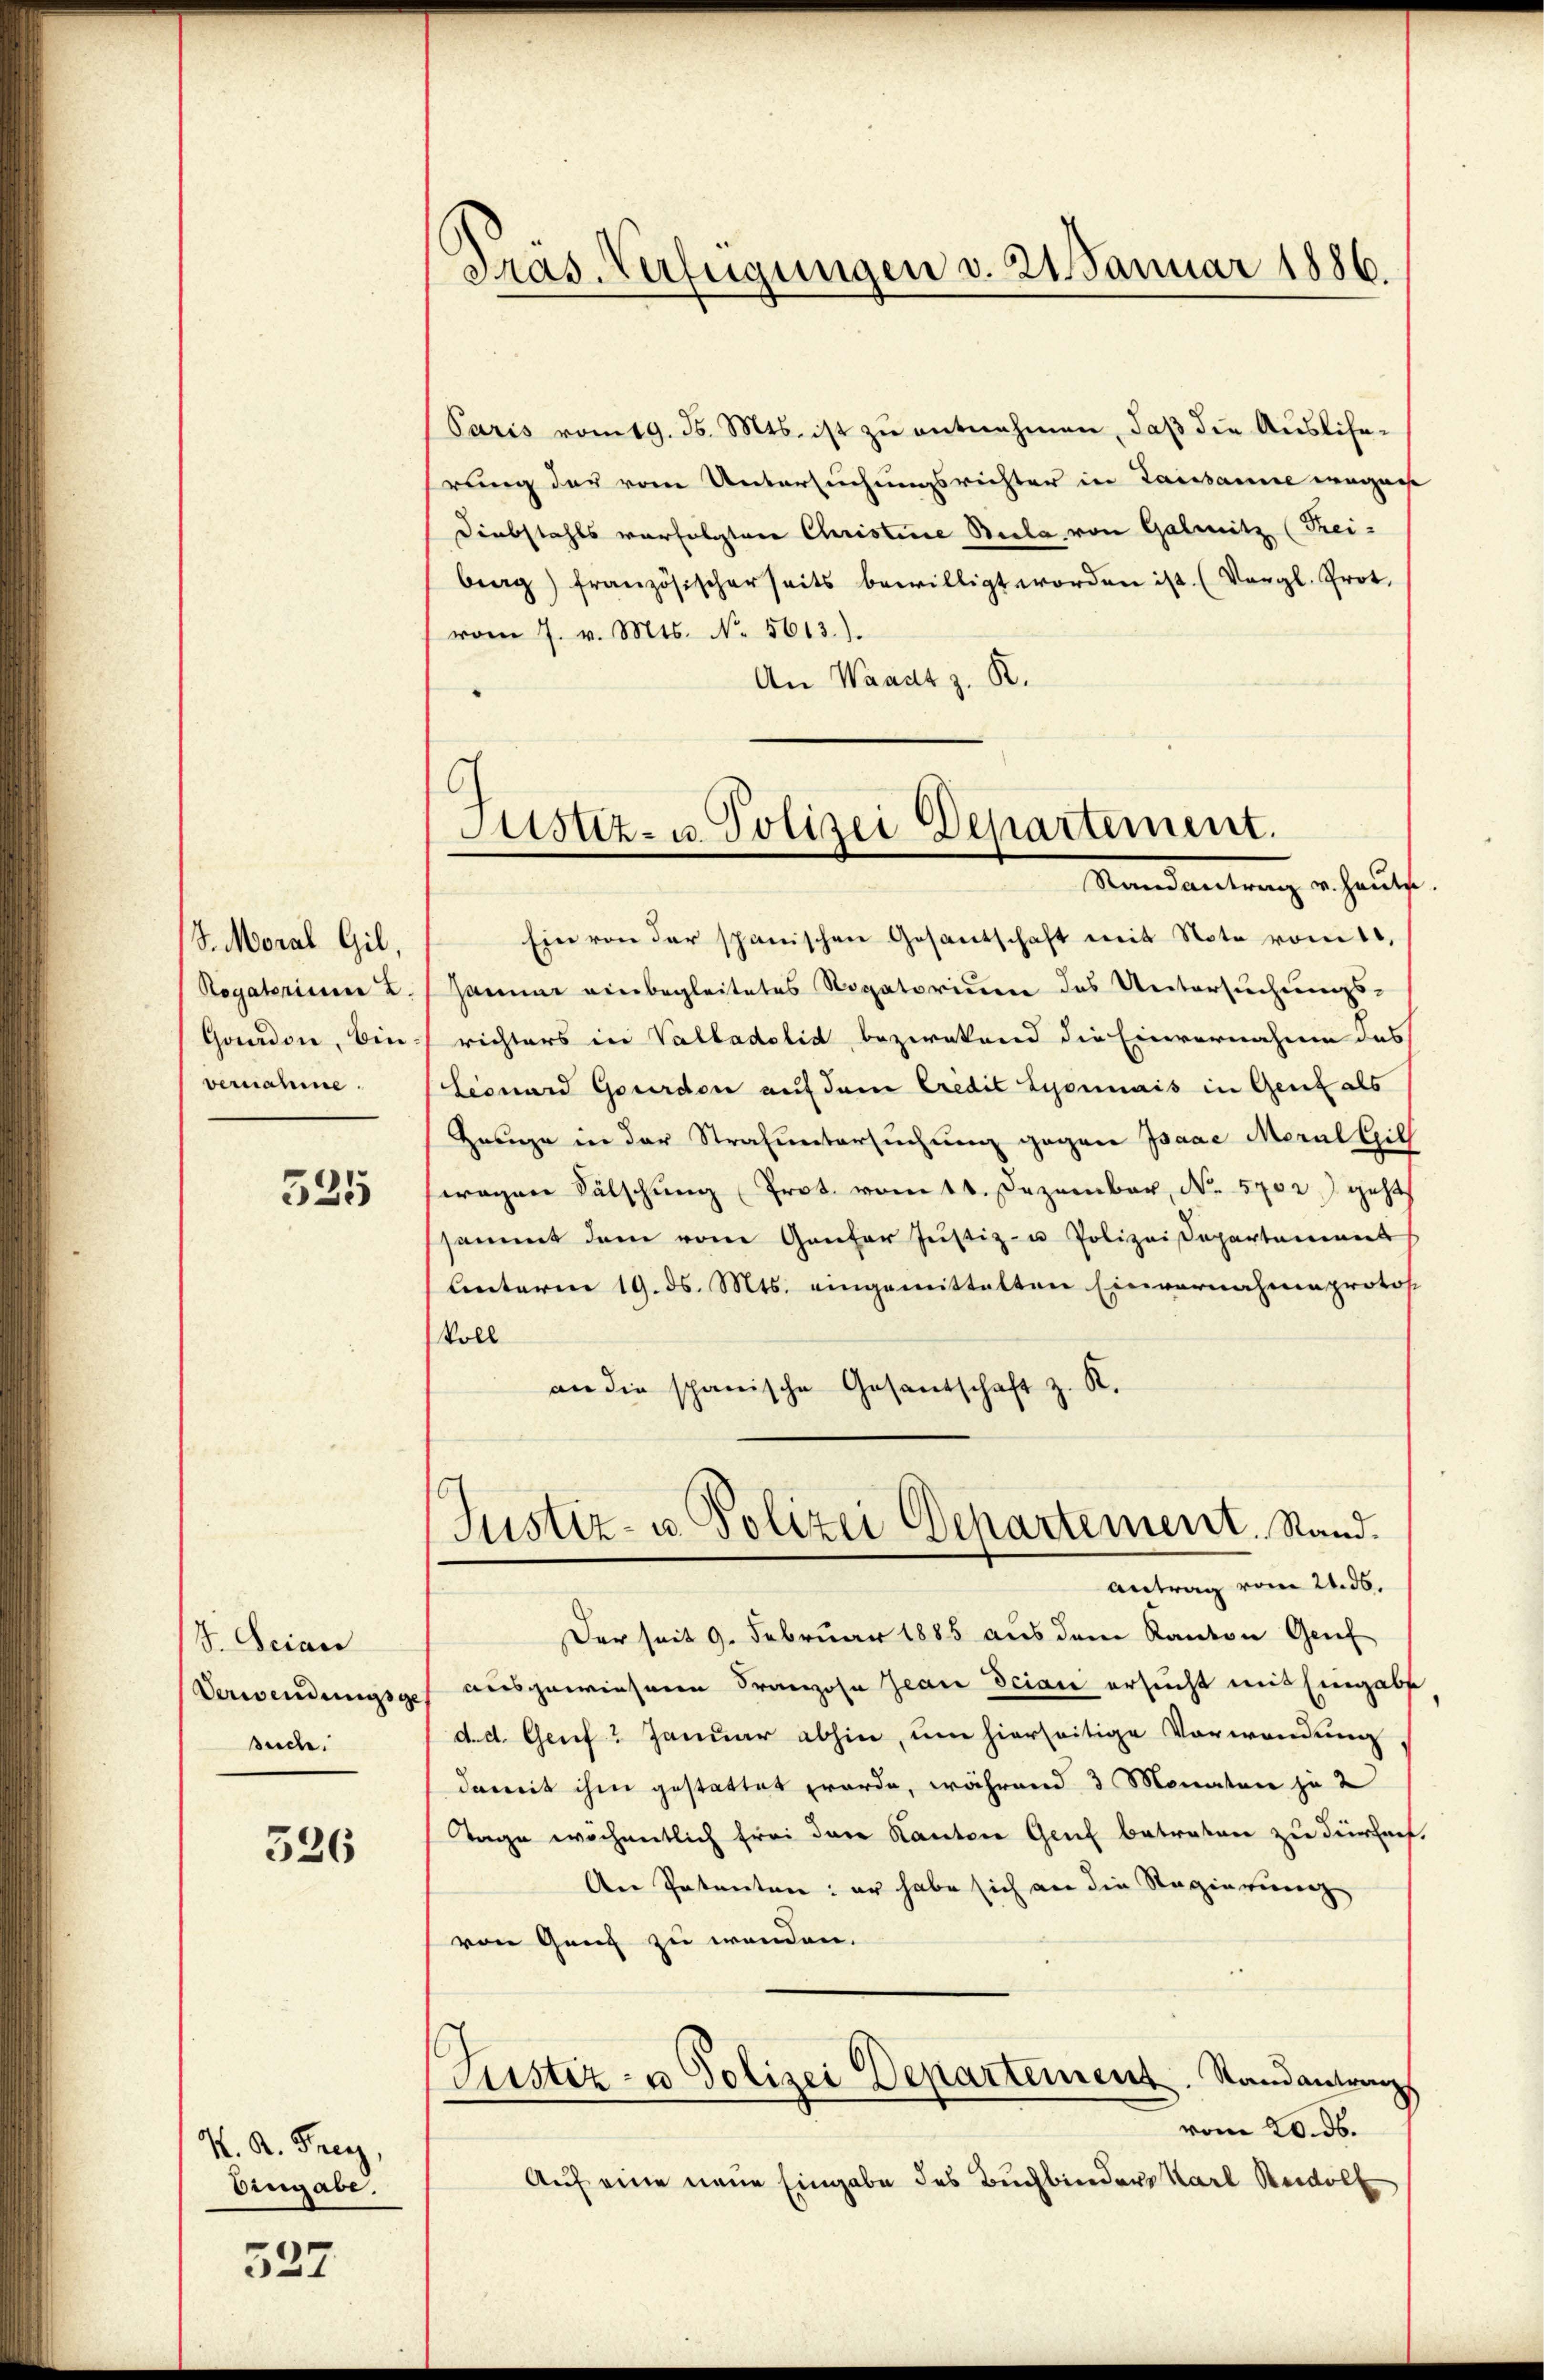
J. Moral Gil,
Regatorium 2.
Gandon, bin
vernahme.

525

V. Beian
Verwendungsge
suche.

526

K. A. Frey,
Eingabe.

527.

gras Verfügungen d. 21. Januar 1886.

Astiz- u. Polizei Departement.
Randantrag v. Heute

Paris vom 19. Js. Mts. ist zŭ entnehmen, daβ die Auslihe-
rung des vom Untersuchungsrichter in Landsame wegense
Diebstahls verfolgten Christine Seele von Galmitz (Tei-
berg) französischerseits bewilligt worden ist. (Vergl. Prot.
vom 7. v. Mts. No. 5613).
An Waadt z. R.
Ein von der spanischen Gesantschaft mit Note vom 10,
Hamme einbegleitetes Rogatorium des Untersuchungs-
richters in Valladelis bezweckend die Einvernahme des
Lionard Gourden auf dem Credit Lyonmais in Genf als
Hange in der Strafuntersuchung gegen Isaae Meral Gill
wagen Fälschŭng (Prot. vom 11. Dezember, No. 5702) geht
ssammt dem vom Gantor Justiz- u Polizeidepartement
Unterm 19. ds. Mts. eingemittelten Einvernahmeprotos
Voll
an die spanische Gesandschaft z. K.
Justiz- u. Polizei Departement. Stand.
Antrag vom 21. 36.
Der seit 9. Februar 1885 aus dem Kanton Genf
ausgewiesenen Franzose Jean Scian ersucht mit Eingabe
d. d. Genf 2 Januar abhin, um hierseitige Verwendung,
damit ihm gestattet werde, während 3 Monaten zu 2
Tage wöchentlich frei dare Kanton Genf betreten zu durchauf
An Patenten: er habe sich an die Regierung
von Gang zu wenden.
Justiz- u Polizei Departement. Randantrag
vom 20. ds.
Auf eine neue Eingabe des Buchbinders Karl Rudolf